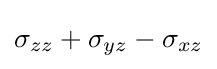
\sigma _{zz}+\sigma _{yz}-\sigma _{xz}